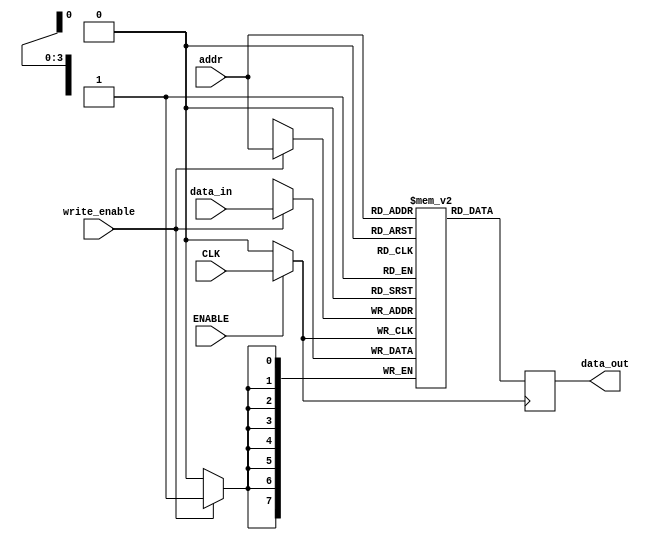
module clock_gating_memory (
    input wire CLK,         // Main clock signal
    input wire ENABLE,      // Gating control signal
    input wire [7:0] data_in, // Input data for memory
    input wire write_enable, // Write enable signal
    input wire [3:0] addr,   // Address for memory access
    output reg [7:0] data_out // Output data from memory
);
    
    // Gated clock signal
    wire GCLK;
    
    // Clock gating logic
    assign GCLK = ENABLE ? CLK : 1'b0;

    // Memory storage (simple 16x8 RAM for demonstration)
    reg [7:0] memory [15:0]; // 16 locations of 8-bits each

    // Memory operation based on gated clock
    always @(posedge GCLK) begin
        if (write_enable) begin
            memory[addr] <= data_in; // Write data to memory
        end
        data_out <= memory[addr]; // Read data from memory
    end

endmodule